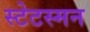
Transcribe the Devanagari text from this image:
स्टेटस्मन